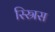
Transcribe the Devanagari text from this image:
स्स्रिस